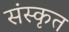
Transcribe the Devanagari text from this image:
संस्‍कृत